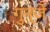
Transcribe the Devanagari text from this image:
गुन्जे